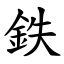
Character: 鉄